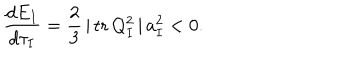
\frac { d E _ { I } } { d \tau _ { I } } = \frac { 2 } { 3 } \, \vert \, \mathrm { t r } \, Q _ { I } ^ { 2 } \, \vert \, a _ { I } ^ { 2 } < 0 .